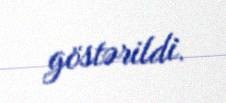
göstərildi.